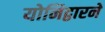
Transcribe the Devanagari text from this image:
योनिद्वारने